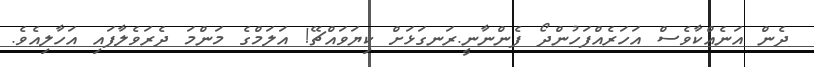
ދެން އަނެއްކާވެސް އަހަރެއްފަހުންދޯ ފެންނާނީ.ރަނގަޅަށް ކިޔަވައްޗޭ! އަލަމްގެ މަންމަ ދެރަވެލާފައި އަހާލިއެވެ.